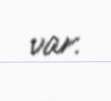
var.